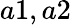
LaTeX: a1,a2